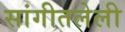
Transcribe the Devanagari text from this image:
सांगीतलेली